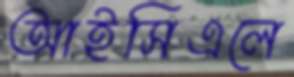
আইসিএলে